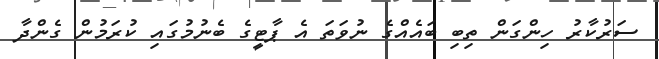
ސަރުކާރު ހިންގަން ތިބި ބައެއްގެ ނުވަތަ އެ ޕާޓީގެ ބެނުމުގައި ކުރަމުން ގެންދާ